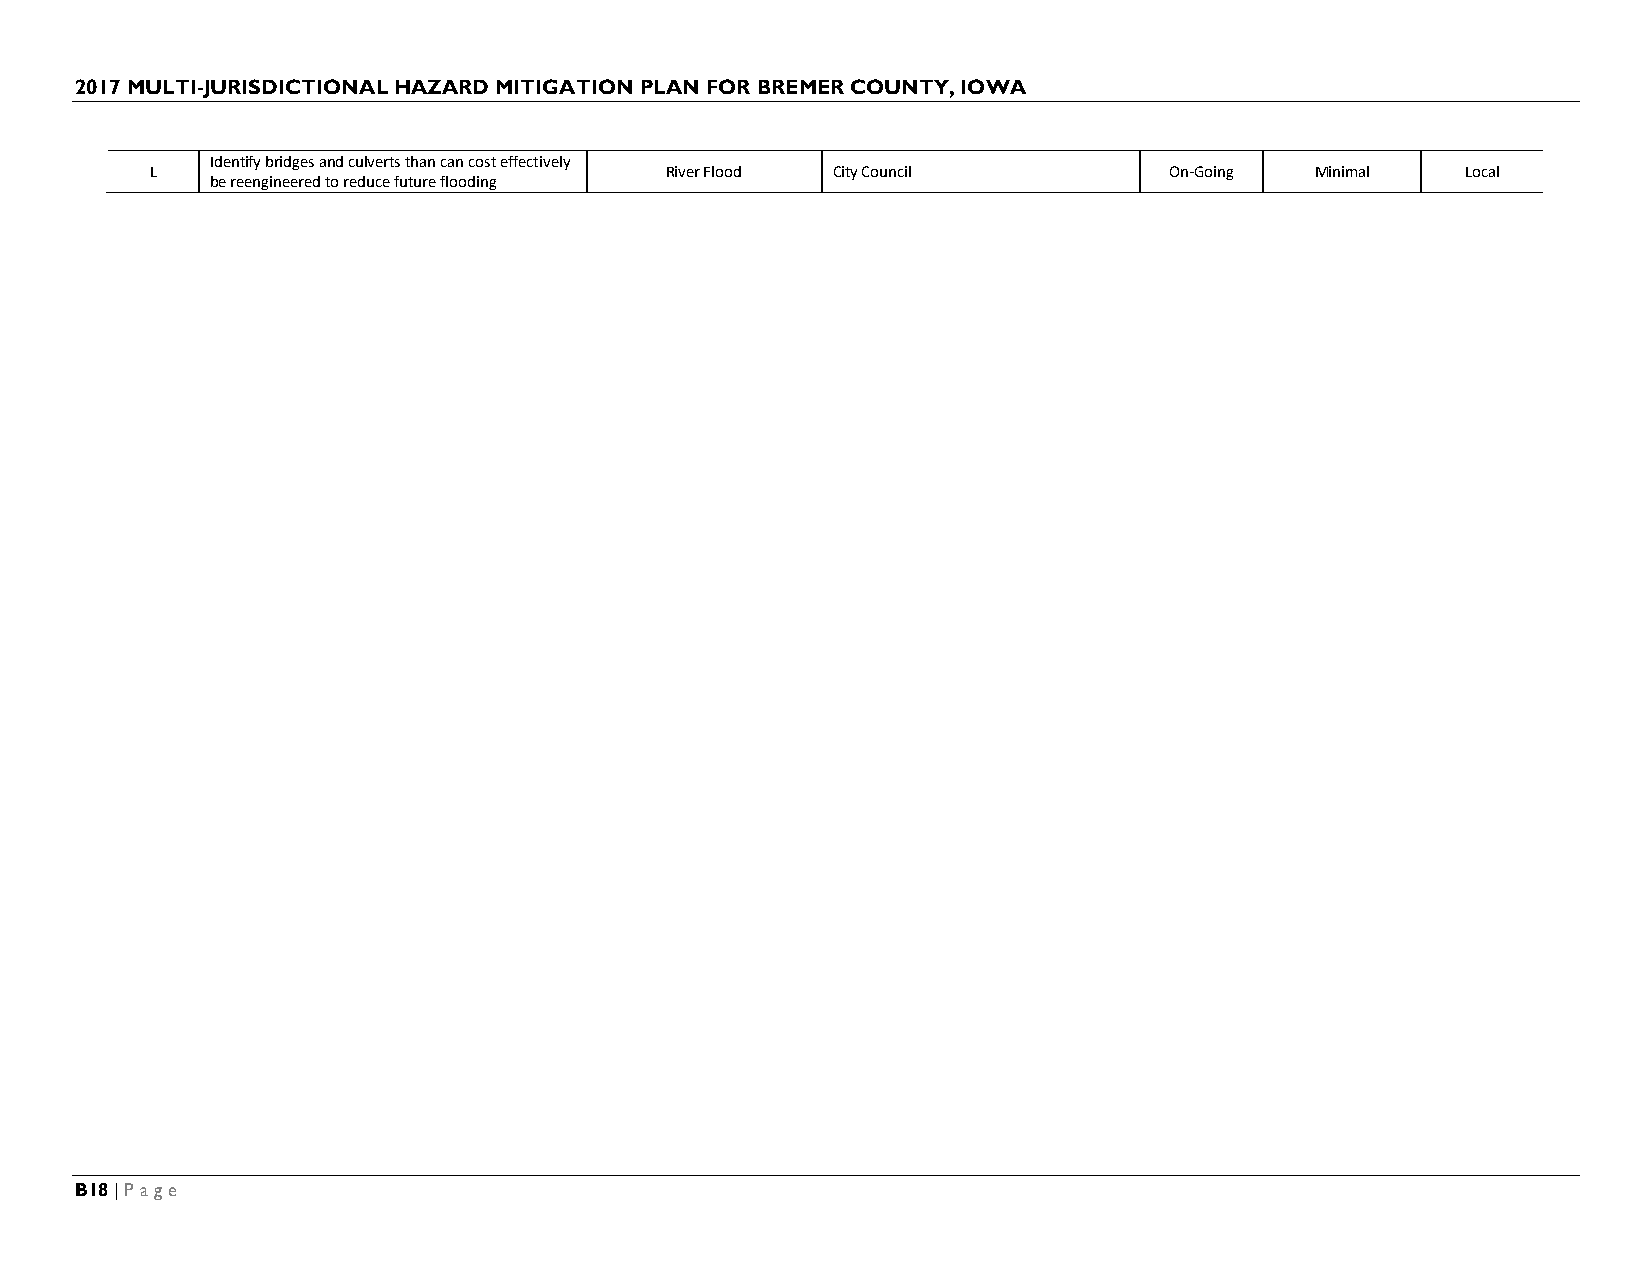
2017 MULTI-JURISDICTIONAL HAZARD MITIGATION PLAN FOR BREMER COUNTY, IOWA
 Identify bridges and culverts than can cost effectively
 L                                 River Flood City Council         On-Going  Minimal   Local
 be reengineered to reduce future flooding
 B18 | Page